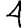
Digit: 4